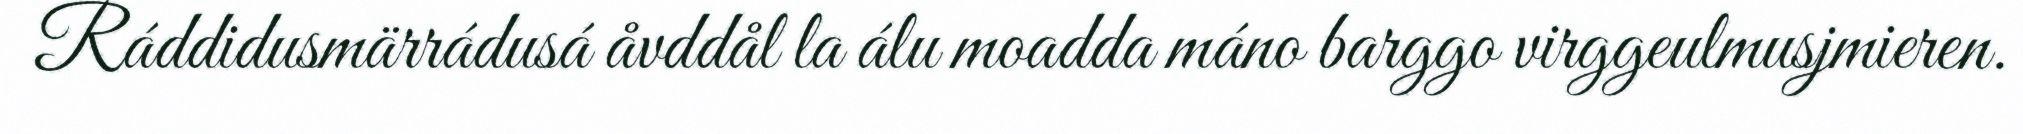
Ráddidusmärrádusá åvddål la álu moadda máno barggo virggeulmusjmieren.